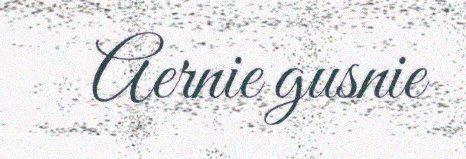
Aernie gusnie